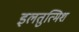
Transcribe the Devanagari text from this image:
इलतुत्मिश